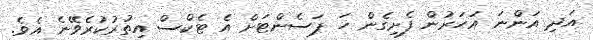
އަދި އަންނަ އަހަރުން ފެށިގެން ހަ ޕަސެންޓަށް އެ ޓެކްސް އިތުރުކުރެވޭނެ އެވެ.